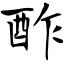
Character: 酢